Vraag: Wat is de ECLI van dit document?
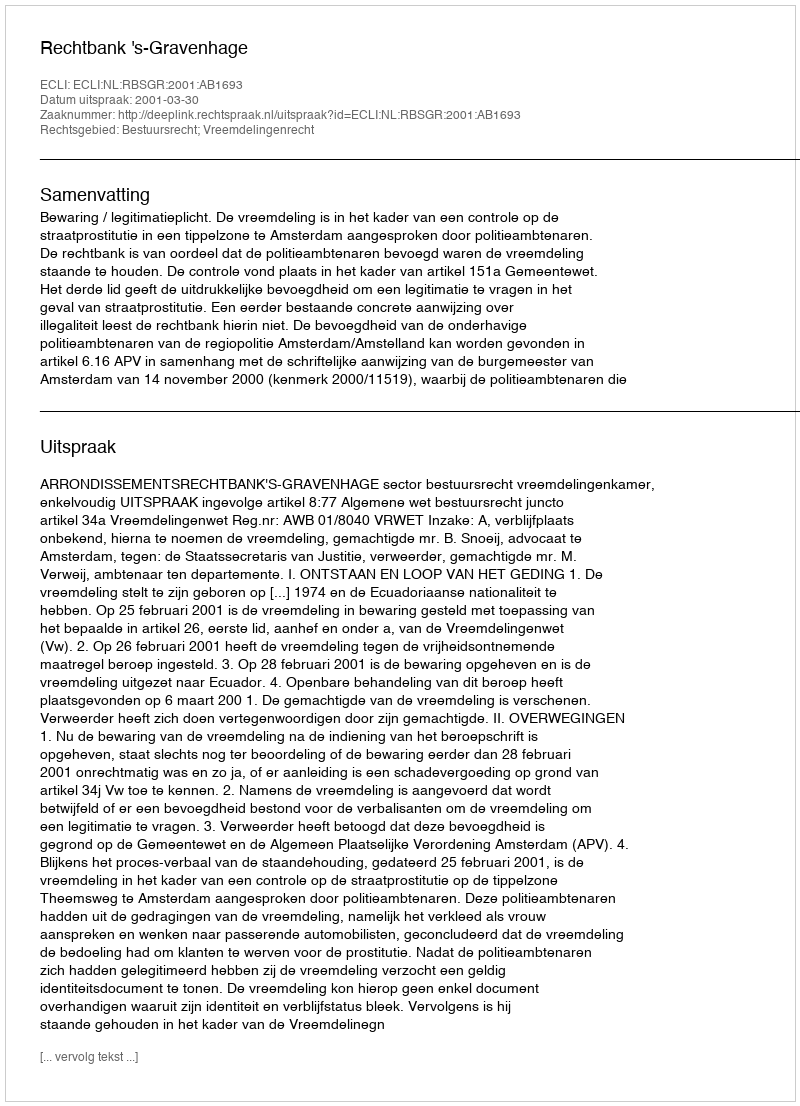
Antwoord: ECLI:NL:RBSGR:2001:AB1693